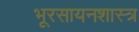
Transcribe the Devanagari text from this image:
भूरसायनशास्त्र